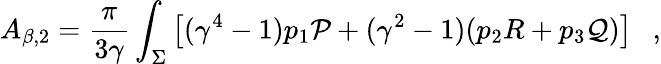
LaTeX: A_{\beta,2}={\frac{\pi}{3\gamma}}\int_{\Sigma}\left[(\gamma^{4}-1)p_{1}{\cal P}+(\gamma^{2}-1)(p_{2}R+p_{3}{\cal Q})\right]~~~,